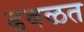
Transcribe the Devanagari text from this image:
ढवळत